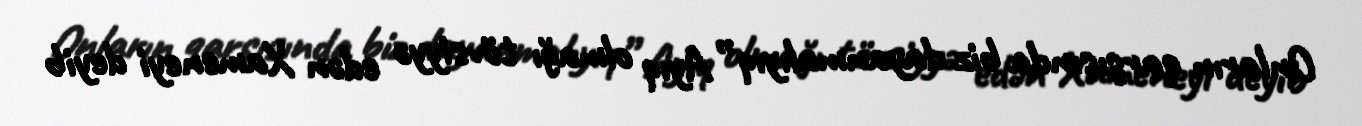
Onların qarşısında biz dayanmalıyıq” Ayıq olmağı tövsiyyə edən Xameneyi deyib